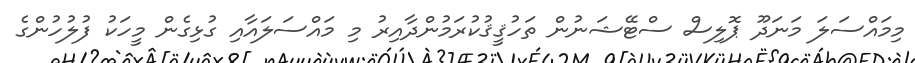
މިމައްސަލަ މަނަދޫ ޕޮލިސް ސްޓޭޝަނުން ތަހުޤީޤުކުރަމުންދާއިރު މި މައްސަލައާއި ގުޅިގެން މީހަކު ފުލުހުންގެ